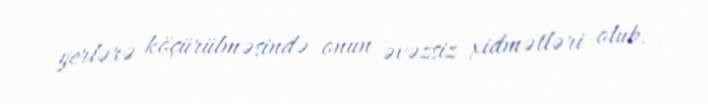
yerlərə köçürülməsində onun əvəzsiz xidmətləri olub.